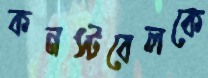
কনস্টবেলকে